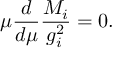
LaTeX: \mu \frac { d } { d \mu } \frac { M _ { i } } { g _ { i } ^ { 2 } } = 0 .